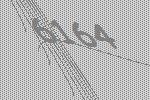
6164